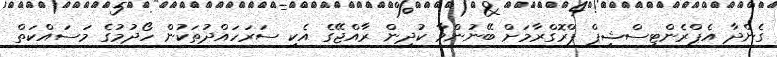
ގެންދާ އެޕްރެންޓިސްޝިޕް ޕްރޮގްރާމަށް ބޭނުންވާ ކުދިން ރާއްޖޭގެ އެކި ސަރަހައްދުތަކުން ހޯދުމުގެ މަސައްކަތް